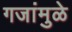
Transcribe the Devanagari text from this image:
गजांमुळे